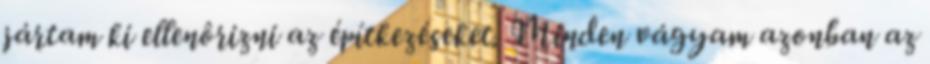
jártam ki ellenôrizni az építkezéseket. Minden vágyam azonban az